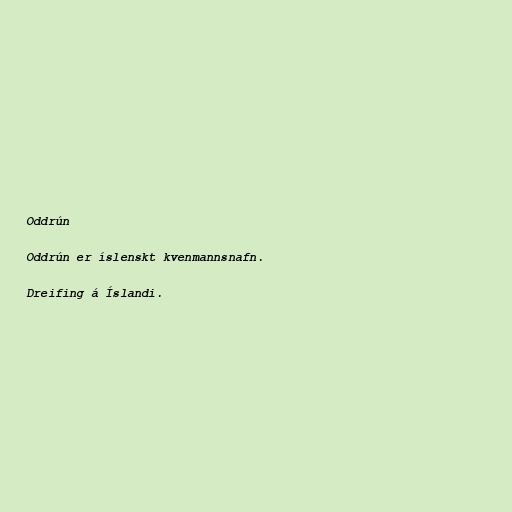
Oddrún

Oddrún er íslenskt kvenmannsnafn.

Dreifing á Íslandi.